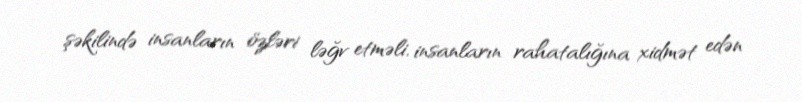
şəkilində insanların özləri ləğv etməli, insanların rahatalığına xidmət edən